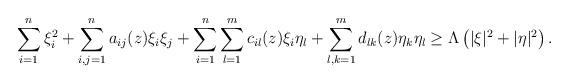
LaTeX: \begin{align*}\begin{aligned}\sum_{i=1}^n \xi_i^2+ \sum_{i,j=1}^n a_{ij}(z)\xi_i\xi_j+\sum_{i=1}^n \sum_{l=1}^m c_{il}(z)\xi_i\eta_l +\sum_{l,k=1}^m d_{lk}(z)\eta_k\eta_l\geq \Lambda\left(|\xi|^2+|\eta|^2\right).\end{aligned}\end{align*}